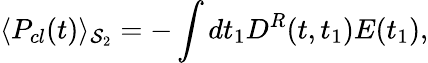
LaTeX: \langle P_{cl}(t)\rangle_{\mathrm{{{\cal S}_{2}}}}=-\int dt_{1}D^{R}(t,t_{1})E(t_{1}),